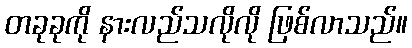
တခုခုကို နားလည်သလိုလို ဖြစ်လာသည်။